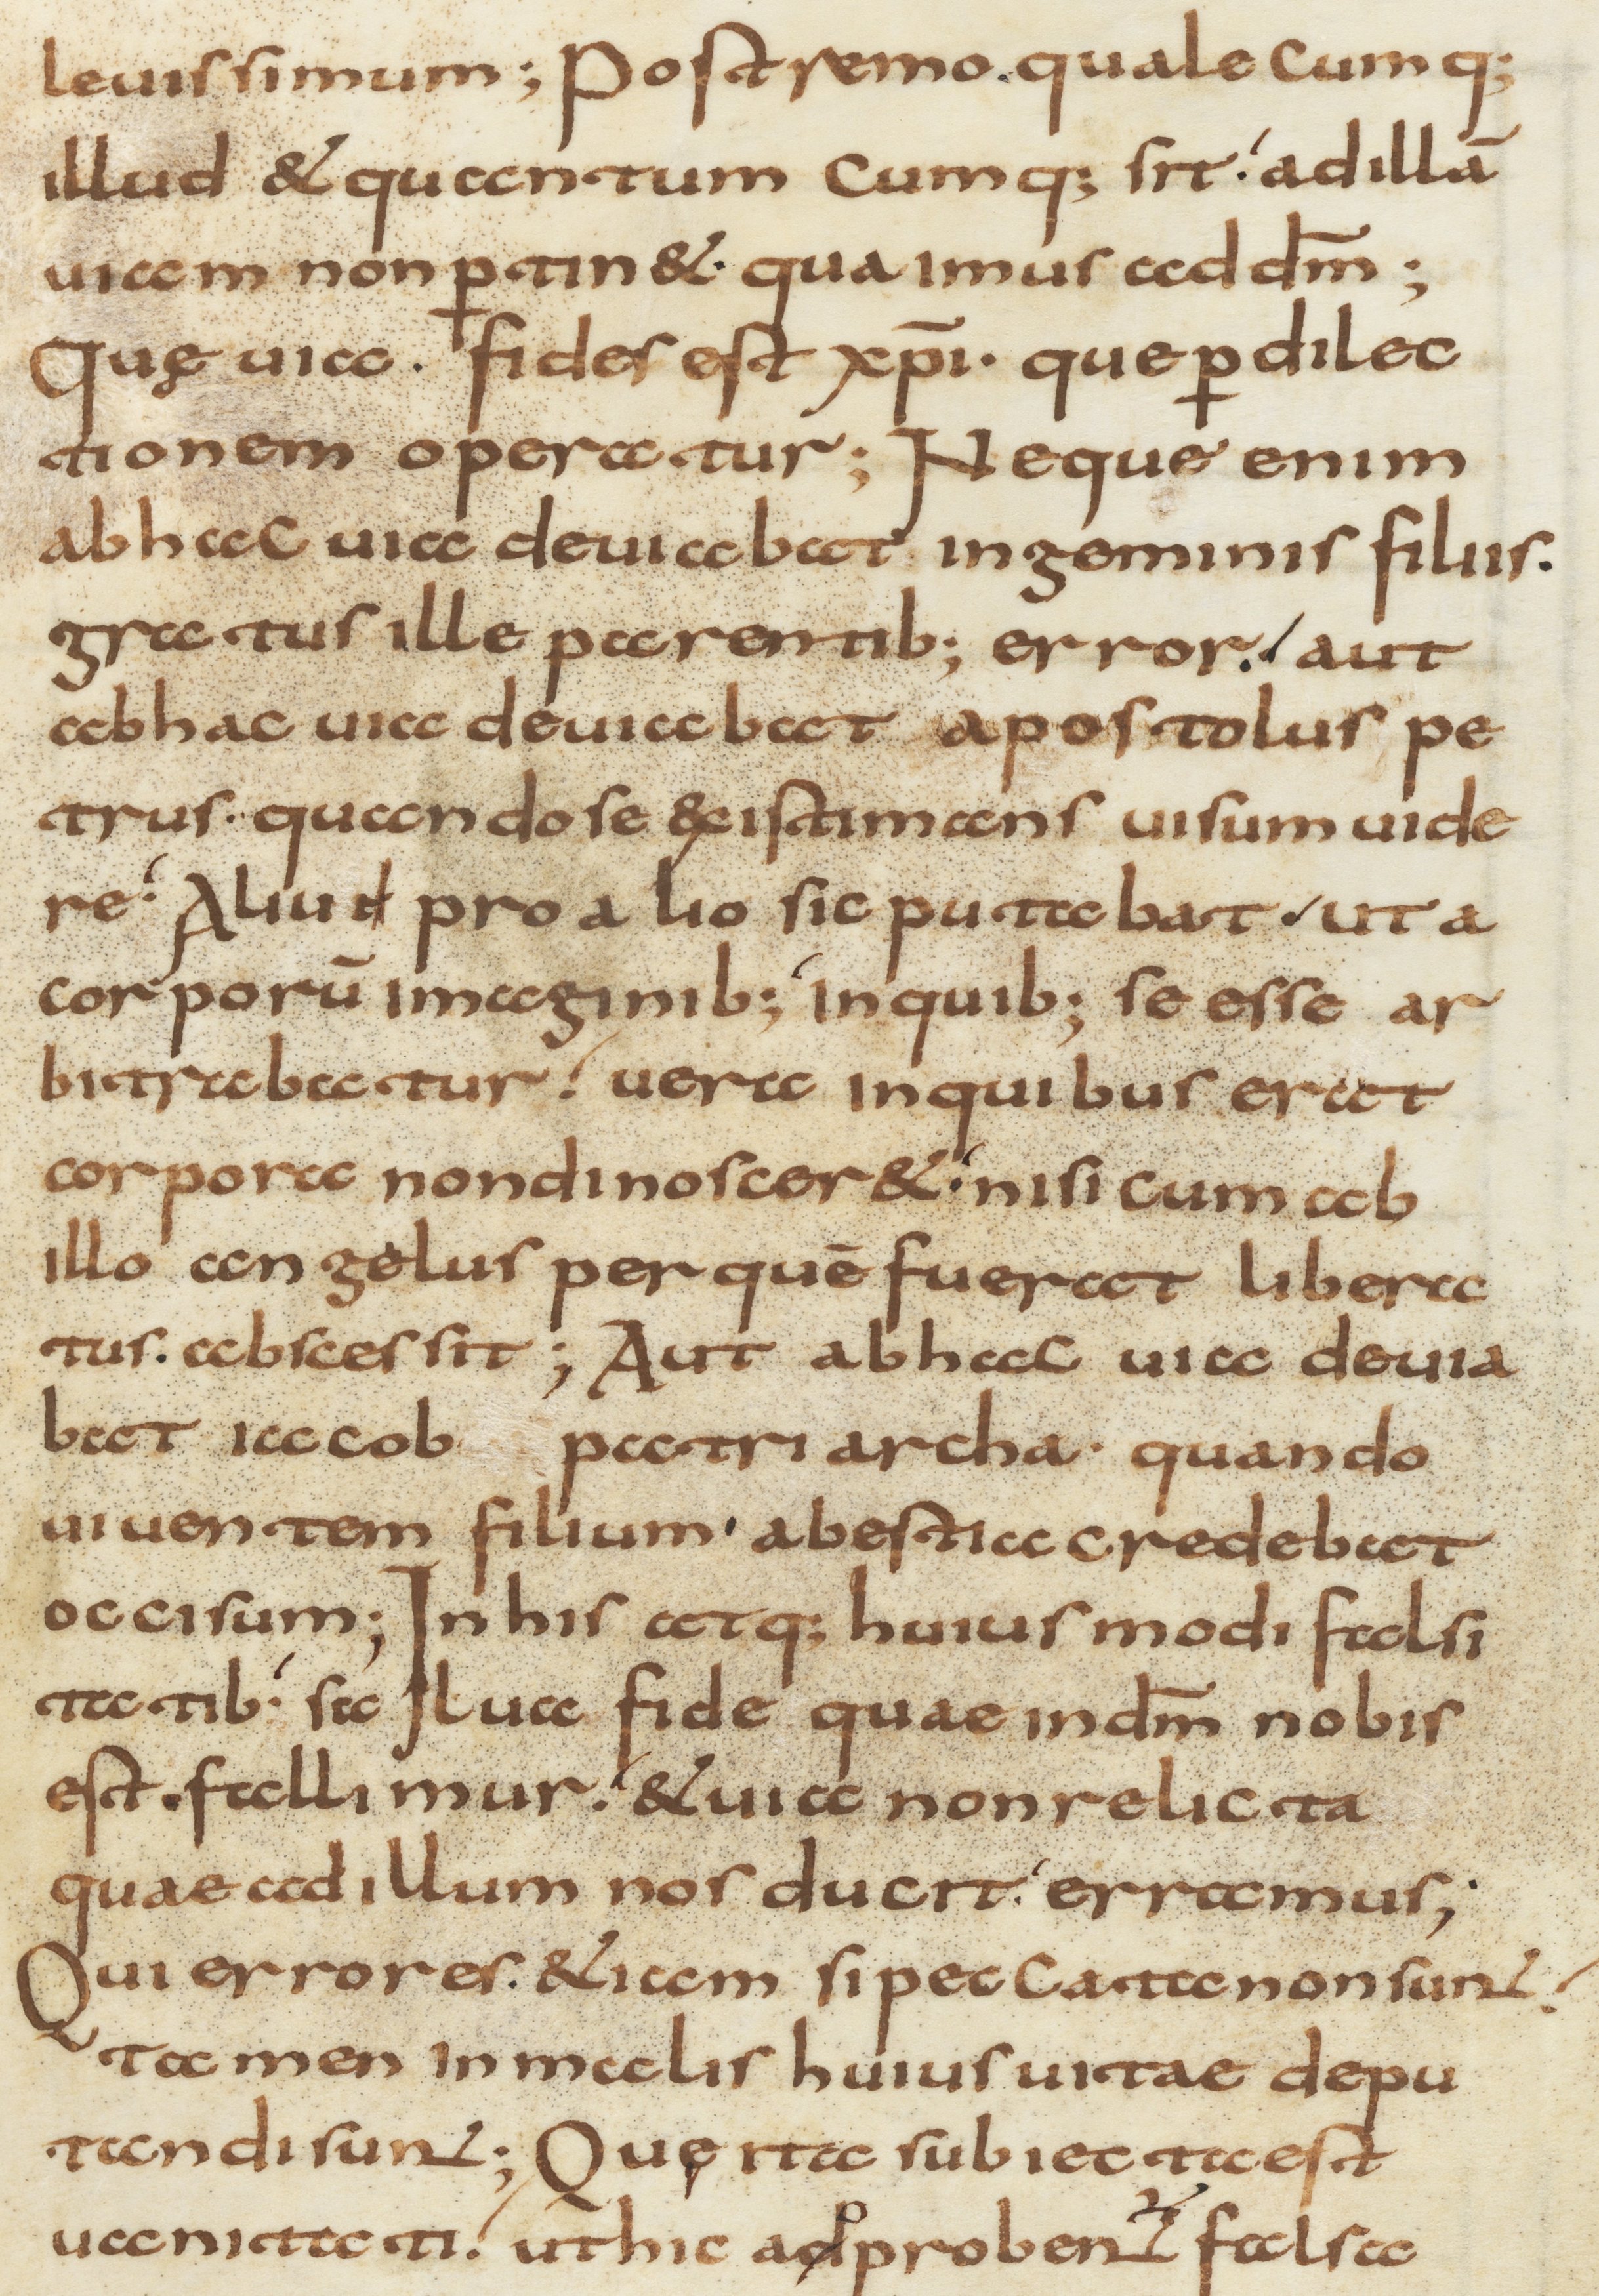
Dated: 800–1299